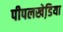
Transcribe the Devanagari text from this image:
पीपलखेडि़या